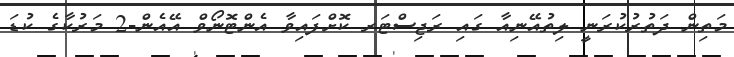
މަތިން ދަތުރުކުރަނީ ލިތުއޭނިއާ ގައި ރަޖިސްޓަރ ކޮށްފައިވާ އެންޓޮނޯވް އޭއެން-2 މަރުކާގެ ކުޑަ